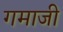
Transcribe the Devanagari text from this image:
गमाजी